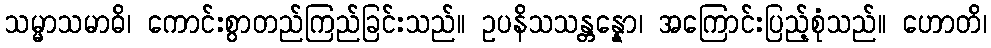
သမ္မာသမာဓိ၊ ကောင်းစွာတည်ကြည်ခြင်းသည်။ ဥပနိသသန္တန္နော၊ အကြောင်းပြည့်စုံသည်။ ဟောတိ၊